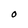
Character: O